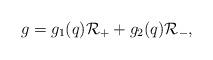
LaTeX: \begin{align*}g=g_1(q){\cal R}_++g_2(q){\cal R}_-,\end{align*}